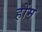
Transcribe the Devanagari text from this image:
होंम